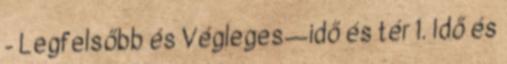
- Legfelsőbb és Végleges—idő és tér 1. Idő és